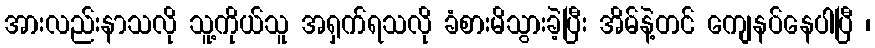
အားလည်းနာသလို သူ့ကိုယ်သူ အရှက်ရသလို ခံစားမိသွားခဲ့ပြီး အိမ်နဲ့တင် ကျေနပ်နေပါပြီ ၊